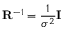
\mathbf { R } ^ { - 1 } = \frac { 1 } { \sigma ^ { 2 } } \mathbf { I }